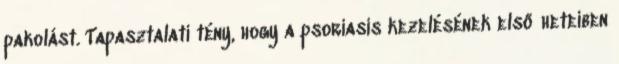
pakolást. Tapasztalati tény, hogy a psoriasis kezelésének első heteiben